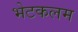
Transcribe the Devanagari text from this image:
भेटकलम